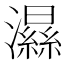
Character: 𤂽